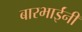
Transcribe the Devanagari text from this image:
बारभाईंनी